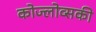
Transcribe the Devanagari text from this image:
कोज्लोव्सकी